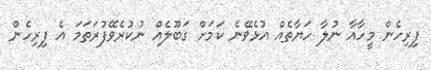
ފިރިހެން މީހާއާ ނުލާ ހަޔާތެއް އުޅެވޭނެ ކަމަށް ގަބޫލެއް ނުކުރެވޭފުރަތަމަ އެ ފިރިހެން